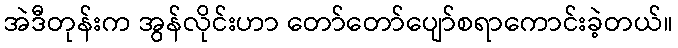
အဲဒီတုန်းက အွန်လိုင်းဟာ တော်တော်ပျော်စရာကောင်းခဲ့တယ်။